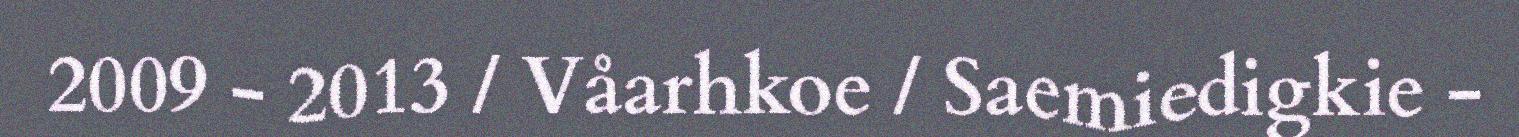
2009 - 2013 / Våarhkoe / Saemiedigkie -